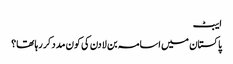
ایبٹ
پاکستان میں اسامہ بن لادن کی کون مدد کر رہا تھا؟